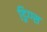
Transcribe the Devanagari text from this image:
ड्रिग्ग्स